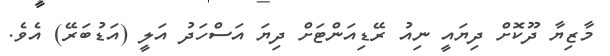
މާޒިޔާ ދޫކޮށް ދިޔައީ ނިއު ރޭޑިއަންޓަށް ދިޔަ އަސްހަދު އަލީ (އަޑުބަރޭ) އެވެ.